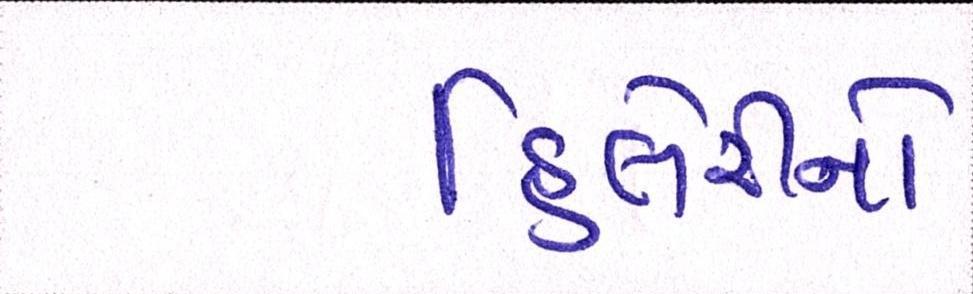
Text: હિલેરીનો